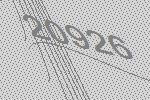
20926